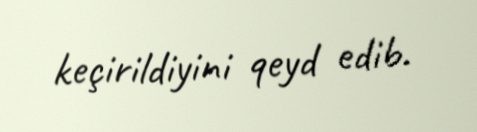
keçirildiyini qeyd edib.